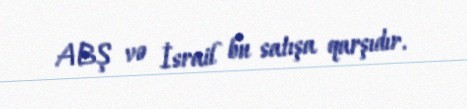
ABŞ və İsrail bu satışa qarşıdır.